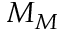
M _ { M }